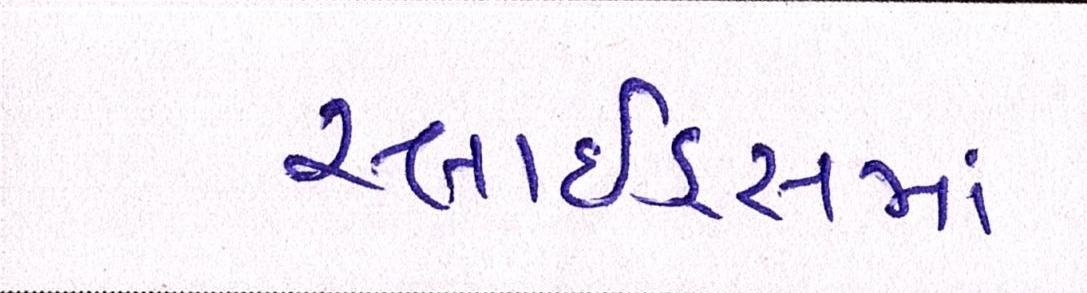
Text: સ્લાઇડ્સમાં